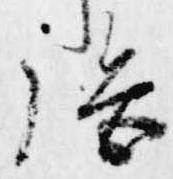
施